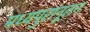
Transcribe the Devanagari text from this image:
मध्यपुरानूतन